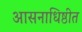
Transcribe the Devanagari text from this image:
आसनाधिष्ठीत